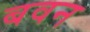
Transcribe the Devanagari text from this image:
बवन